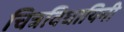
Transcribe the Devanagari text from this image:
चित्रविधायिनी